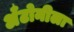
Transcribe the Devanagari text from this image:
अँटोनीला